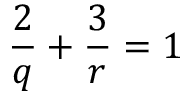
\frac { 2 } { q } + \frac { 3 } { r } = 1